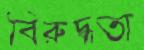
বিরুদ্ধতা